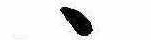
ゝ